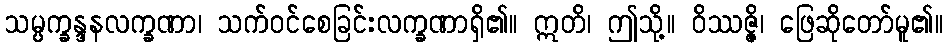
သမ္ပက္ခန္ဒနလက္ခဏာ၊ သက်ဝင်စေခြင်းလက္ခဏာရှိ၏။ ဣတိ၊ ဤသို့။ ဝိဿဇ္ဇိ၊ ဖြေဆိုတော်မူ၏။